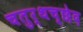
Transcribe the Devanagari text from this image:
चतुर्थच्छेद